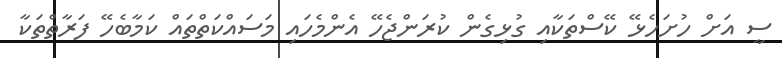
ސީ އަށް ހުށަހެޅޭ ކޭސްތަކާއި ގުޅިގެން ކުރަންޖެހޭ އެންމެހައި މަސައްކަތްތައް ކަމާބެހޭ ފަރާތްތަކާ